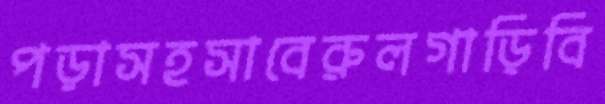
পড়াসহসাবেরুলগাড়িবি